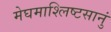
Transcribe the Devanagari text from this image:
मेघमाश्लिष्टसानुं